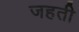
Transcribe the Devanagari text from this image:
जहती